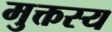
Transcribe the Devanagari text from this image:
मुक्तस्य